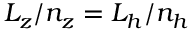
L _ { z } / n _ { z } = L _ { h } / n _ { h }